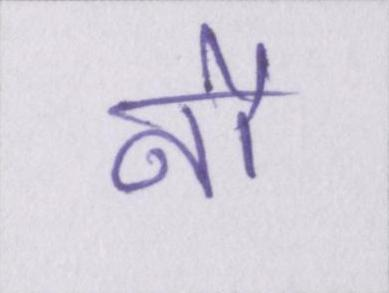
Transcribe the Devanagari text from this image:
नौ